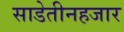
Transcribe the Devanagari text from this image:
साडेतीनहजार